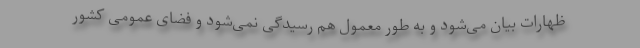
ظهارات بیان می‌شود و به طور معمول هم رسیدگی نمی‌شود و فضای عمومی کشور